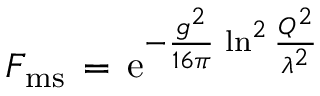
F _ { \mathrm { m s } } \, = \, \mathrm { e } ^ { - \frac { g ^ { 2 } } { 1 6 \pi } \, \ln ^ { 2 } \frac { Q ^ { 2 } } { \lambda ^ { 2 } } }